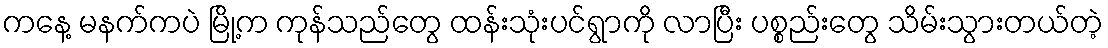
ကနေ့ မနက်ကပဲ မြို့က ကုန်သည်တွေ ထန်းသုံးပင်ရွာကို လာပြီး ပစ္စည်းတွေ သိမ်းသွားတယ်တဲ့